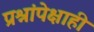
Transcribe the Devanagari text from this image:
प्रश्नांपेक्षाही